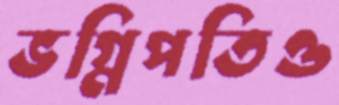
ভগ্নিপতিও